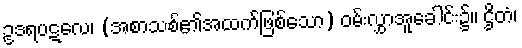
ဥဒရပဋလေ၊ (အစာသစ်၏အထက်ဖြစ်သော) ဝမ်းလွှာအူခေါင်း၌။ ဌိတံ၊